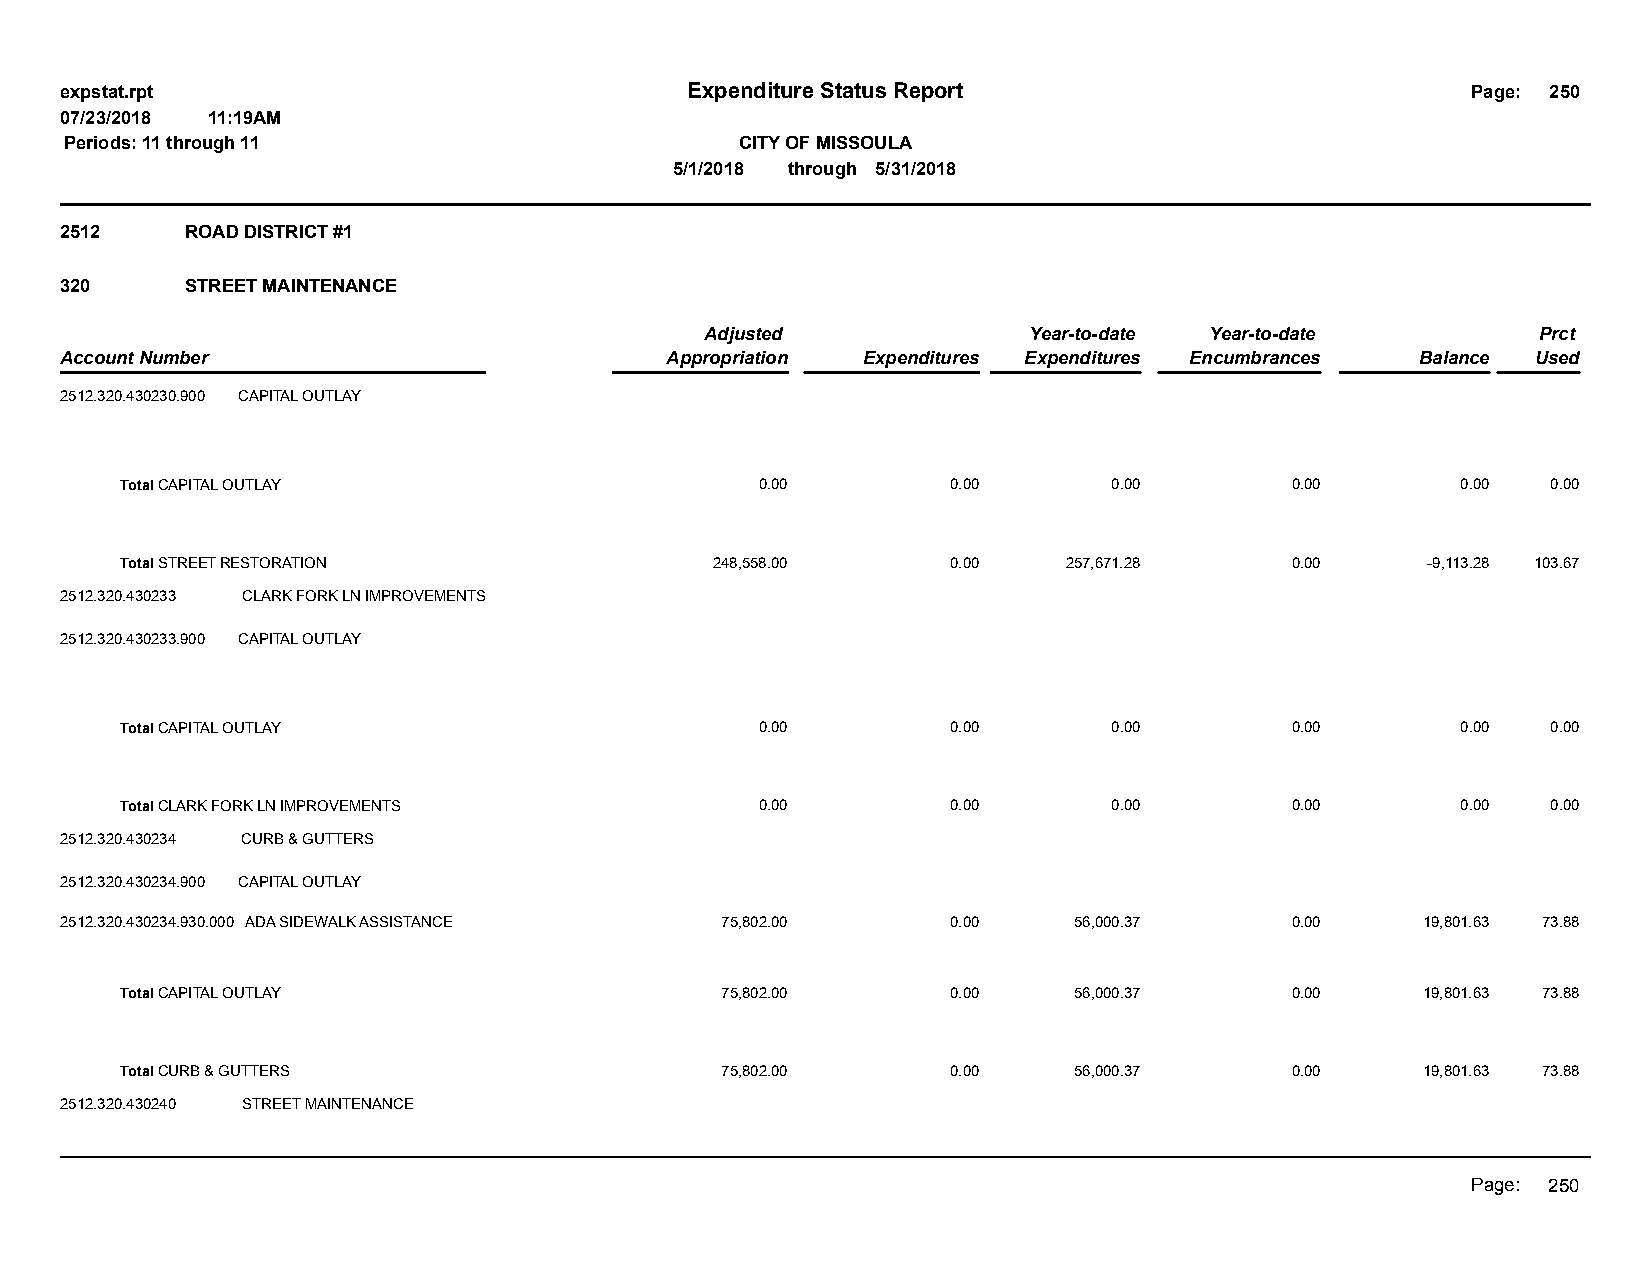
expstat.rpt                              Expenditure Status Report                           Page: 250
 07/23/2018 11:19AM
 Periods: 11 through 11                       CITY OF MISSOULA
 5/1/2018 through 5/31/2018
 2512    ROAD DISTRICT #1
 320     STREET MAINTENANCE
 Adjusted             Year-to-date Year-to-date         Prct
 Account Number                          Appropriation Expenditures Expenditures Encumbrances Balance Used
 2512.320.430230.900 CAPITAL OUTLAY
 Total CAPITAL OUTLAY                      0.00         0.00       0.00       0.00        0.00  0.00
 Total STREET RESTORATION               248,558.00      0.00    257,671.28    0.00     -9,113.28 103.67
 2512.320.430233 CLARK FORK LN IMPROVEMENTS
 2512.320.430233.900 CAPITAL OUTLAY
 Total CAPITAL OUTLAY                      0.00         0.00       0.00       0.00        0.00  0.00
 Total CLARK FORK LN IMPROVEMENTS          0.00         0.00       0.00       0.00        0.00  0.00
 2512.320.430234 CURB & GUTTERS
 2512.320.430234.900 CAPITAL OUTLAY
 2512.320.430234.930.000 ADA SIDEWALK ASSISTANCE 75,802.00  0.00    56,000.37     0.00     19,801.63 73.88
 Total CAPITAL OUTLAY                    75,802.00      0.00    56,000.37     0.00     19,801.63 73.88
 Total CURB & GUTTERS                    75,802.00      0.00    56,000.37     0.00     19,801.63 73.88
 2512.320.430240 STREET MAINTENANCE
 Page: 250